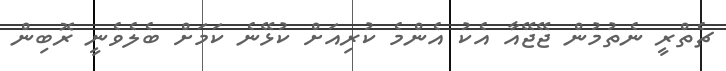
ޗެތްރީ ނެތުމުން ޖޭޖޭއާ އެކު އެންމެ ކުރިއަށް ކުޅޭނެ ކަމަށް ބެލެވެނީ ރޮބިން